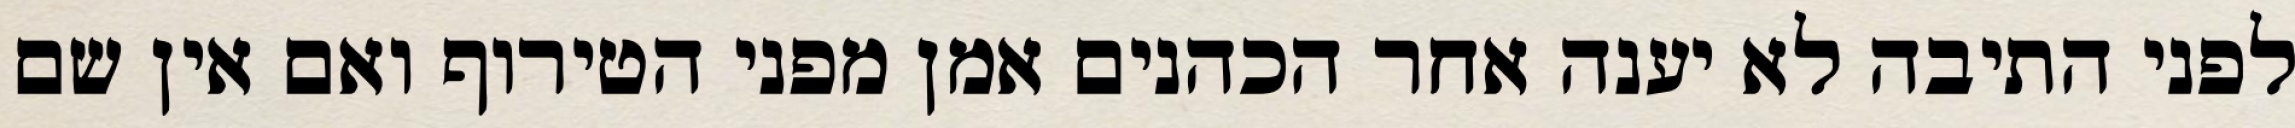
לפני התיבה לא יענה אחר הכהנים אמן מפני הטירוף ואם אין שם